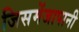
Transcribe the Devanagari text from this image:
जिसमेंजापानी